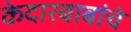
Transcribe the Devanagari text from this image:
केदारबाबांचे